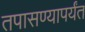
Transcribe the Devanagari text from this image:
तपासण्यापर्यंत